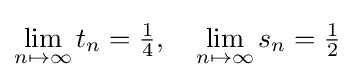
\lim _{n\mapsto \infty }t_{n}={\tfrac {1}{4}},\quad \lim _{n\mapsto \infty }s_{n}={\tfrac {1}{2}}